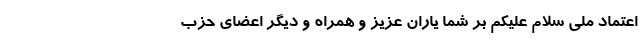
اعتماد ملی سلام علیکم بر شما یاران عزیز و همراه و دیگر اعضای حزب